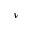
\nu